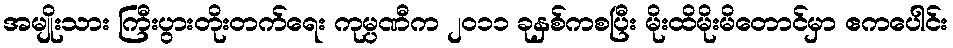
အမျိုးသား ကြီးပွားတိုးတက်ရေး ကုမ္ပဏီက ၂၀၁၁ ခုနှစ်ကစပြီး မိုးထိမိုးမိတောင်မှာ ဧကပေါင်း